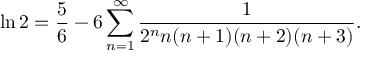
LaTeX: \ln 2 = { \frac { 5 } { 6 } } - 6 \sum _ { n = 1 } ^ { \infty } { \frac { 1 } { 2 ^ { n } n ( n + 1 ) ( n + 2 ) ( n + 3 ) } } .